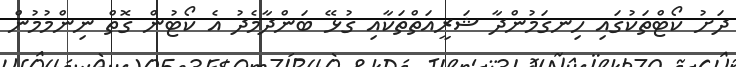
ދަށު ކޯޓްތަކުގައި ހިނގަމުންދާ ޝަރީއަތްތަކާއި ގުޅޭ ބަންދާމެދު އެ ކޯޓުން ގޮތް ނިންމުމުން